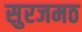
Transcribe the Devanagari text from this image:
सुरजमठ